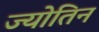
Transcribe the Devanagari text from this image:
ज्योतिन